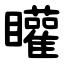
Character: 矔